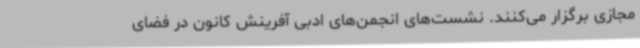
مجازی برگزار می‌کنند. نشست‌های انجمن‌های ادبی آفرینش کانون در فضای